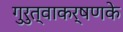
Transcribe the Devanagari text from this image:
गुरुत्वाकर्षणके